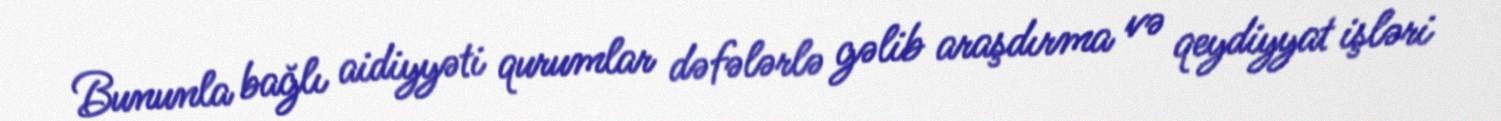
Bununla bağlı aidiyyəti qurumlar dəfələrlə gəlib araşdırma və qeydiyyat işləri